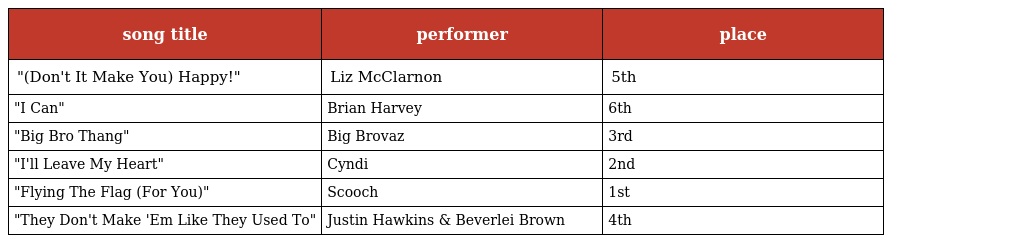
| song title | performer | place |
 | --- | --- | --- |
 | "(Don't It Make You) Happy!" | Liz McClarnon | 5th |
 | "I Can" | Brian Harvey | 6th |
 | "Big Bro Thang" | Big Brovaz | 3rd |
 | "I'll Leave My Heart" | Cyndi | 2nd |
 | "Flying The Flag (For You)" | Scooch | 1st |
 | "They Don't Make 'Em Like They Used To" | Justin Hawkins & Beverlei Brown | 4th |